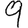
Digit: 9